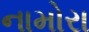
નામોરા